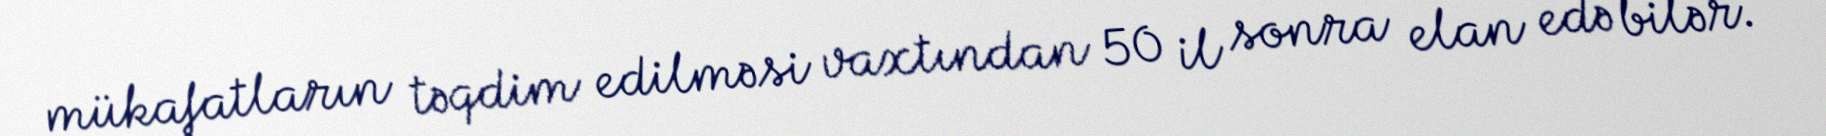
mükafatların təqdim edilməsi vaxtından 50 il sonra elan edə bilər.